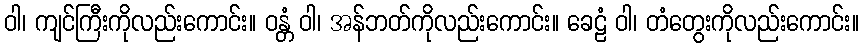
ဝါ၊ ကျင်ကြီးကိုလည်းကောင်း။ ဝန္တံ ဝါ၊ အန်ဘတ်ကိုလည်းကောင်း။ ခေဠံ ဝါ၊ တံတွေးကိုလည်းကောင်း။